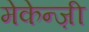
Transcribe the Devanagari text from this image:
मेकेन्ज़ी